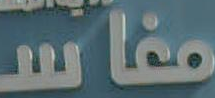
مغاس